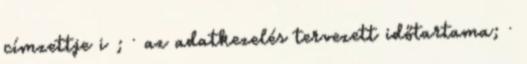
címzettje i ; · az adatkezelés tervezett időtartama; ·